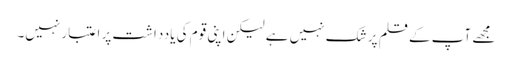
مجھے آپ کے قلم پر شک نہیں ہے لیکن اپنی قوم کی یادداشت پر اعتبار نہیں۔